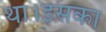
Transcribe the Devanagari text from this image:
था।इसका